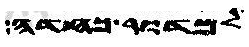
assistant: למדור כחדה